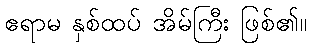
ဧရာမ နှစ်ထပ် အိမ်ကြီး ဖြစ်၏။